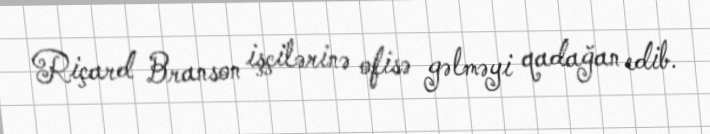
Riçard Branson işçilərinə ofisə gəlməyi qadağan edib.